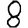
Digit: 8